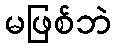
မဖြစ်ဘဲ